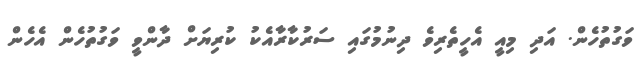
ވަގުތުހެން. އަދި މިއީ އެހީތެރިވެ ދިނުމުގައި ސަރުކާރާއެކު ކުރިޔަށް ދާންވީ ވަގުތުހެން އެހެން